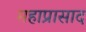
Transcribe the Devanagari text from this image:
महाप्रासाद